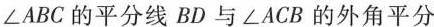
\angle ABC的平分线BD与\angle ACB的外角平分